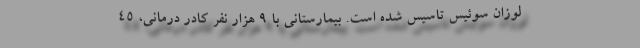
لوزان سوئیس تاسیس شده است. بیمارستانی با ۹ هزار نفر کادر درمانی، ۴۵